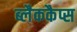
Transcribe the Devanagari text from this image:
ब्लैककैप्स